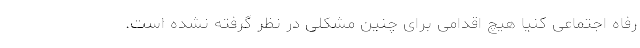
رفاه اجتماعی کنیا هیچ اقدامی برای چنین مشکلی در نظر گرفته نشده است.